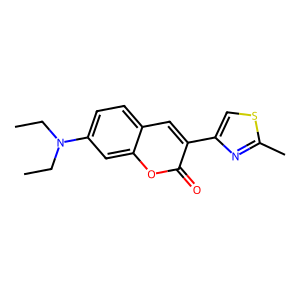
SMILES: CCN(CC)c1ccc2cc(-c3csc(C)n3)c(=O)oc2c1
Inhibits HIV replication: No